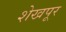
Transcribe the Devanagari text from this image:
शेखपूर